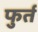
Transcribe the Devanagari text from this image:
फुर्त